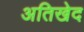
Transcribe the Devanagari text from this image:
अतिखेद